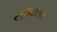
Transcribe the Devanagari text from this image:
पॉस्टिरियर